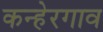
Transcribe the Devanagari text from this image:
कन्हेरगाव